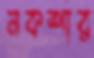
নকশার